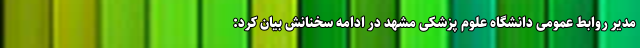
مدیر روابط عمومی دانشگاه علوم پزشکی مشهد در ادامه سخنانش بیان کرد: